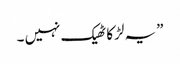
” یہ لڑکا ٹھیک نہیں ۔